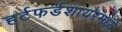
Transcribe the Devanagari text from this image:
हर्टफर्डशायरमध्ये